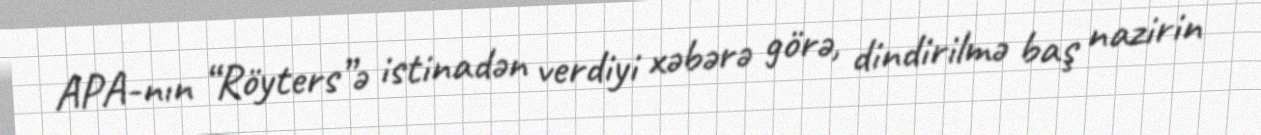
APA-nın “Röyters”ə istinadən verdiyi xəbərə görə, dindirilmə baş nazirin